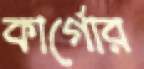
কার্গোর